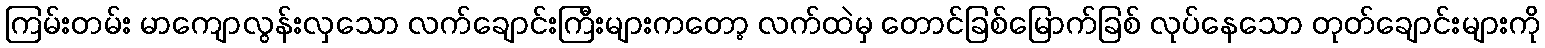
ကြမ်းတမ်း မာကျောလွန်းလှသော လက်ချောင်းကြီးများကတော့ လက်ထဲမှ တောင်ခြစ်မြောက်ခြစ် လုပ်နေသော တုတ်ချောင်းများကို